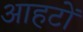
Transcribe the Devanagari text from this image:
आहटों